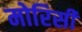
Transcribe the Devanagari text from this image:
मोरिसी